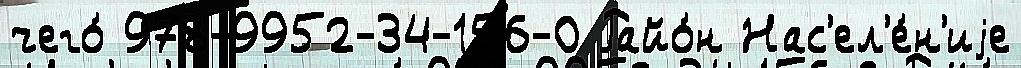
чего́ 978-9952-34-156-0 Райо́н Нас'ел'е́н'иjе